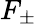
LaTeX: F_{\pm}